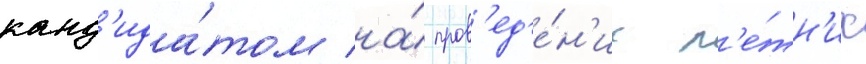
канд'ида́том на́ пров'ед'е́н'ие л'е́тн'их